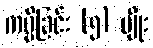
ကပ္ပိခြင်း (၅) မျိုး